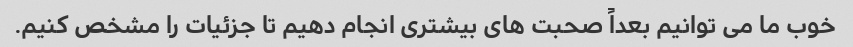
خوب ما می توانیم بعداً صحبت های بیشتری انجام دهیم تا جزئیات را مشخص کنیم.